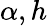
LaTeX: \alpha,h